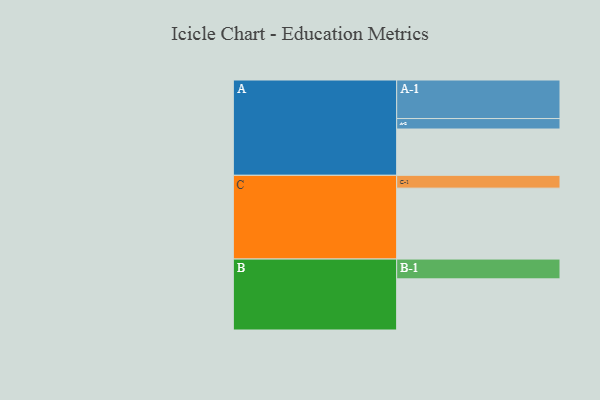
{"axis": {"x": "Segment", "y": "Value"}, "legend": ["", "A", "B", "C"], "data": [{"x": "A", "y": 353, "type": ""}, {"x": "B", "y": 390, "type": ""}, {"x": "C", "y": 541, "type": ""}, {"x": "A-1", "y": 294, "type": "A"}, {"x": "A-2", "y": 80, "type": "A"}, {"x": "B-1", "y": 151, "type": "B"}, {"x": "C-1", "y": 98, "type": "C"}]}